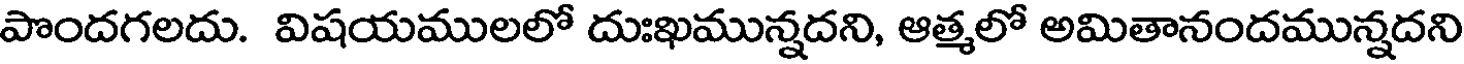
పొందగలదు. విషయములలో దుఃఖమున్నదని, ఆత్మలో అమితానందమున్నదని